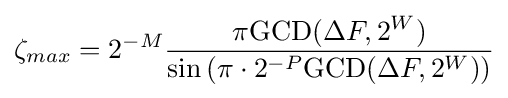
\zeta _{max}=2^{-M}{\frac {\pi {\mbox{GCD}}(\Delta F,2^{W})}{\sin \left(\pi \cdot 2^{-P}{\mbox{GCD}}(\Delta F,2^{W})\right)}}